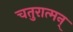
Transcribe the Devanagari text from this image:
चतुरात्मन्